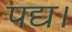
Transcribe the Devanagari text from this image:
पद्य।